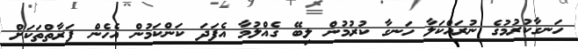
ހަނގާކުރުމުގެ ނުރައްކަލާ ހަނގާ ކުރުމުން ލިބޭ ގެއްލުމާ އެފަދަ ކަންކަމުން އެހެން ފަރާތްތަކަށް